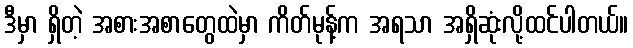
ဒီမှာ ရှိတဲ့ အစားအစာတွေထဲမှာ ကိတ်မုန့်က အရသာ အရှိဆုံးလို့ထင်ပါတယ်။